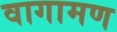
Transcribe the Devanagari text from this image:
वागामण